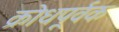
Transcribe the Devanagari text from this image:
क्रोधपूर्वक